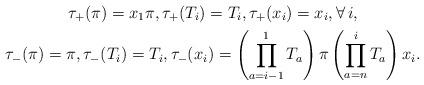
\begin{gather*}\tau_{+}(\pi)= x_{1} \pi, \tau_{+}(T_{i}) = T_{i}, \tau_{+}(x_i) = x_{i},\forall\, i,\\\tau_{-}(\pi)=\pi,\tau_{-}(T_{i})=T_{i}, \tau_{-}(x_i)=\left( \prod_{a=i-1}^{1} T_{a} \right) \pi \left( \prod_{a=n}^{i} T_{a} \right) x_{i}.\end{gather*}